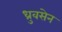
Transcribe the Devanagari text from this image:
ध्रुवसेन